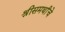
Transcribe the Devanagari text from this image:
श्रीसमर्थांचे